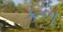
કળ